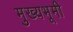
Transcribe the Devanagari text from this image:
मुख्यभूमी